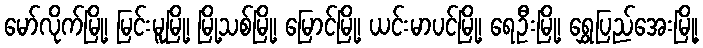
မော်လိုက်မြို့၊ မြင်းမူမြို့၊ မြို့သစ်မြို့၊ မြောင်မြို့၊ ယင်းမာပင်မြို့၊ ရေဦးမြို့၊ ရွှေပြည်အေးမြို့၊